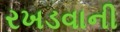
રખડવાની